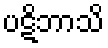
ပဋိဘာသိ